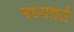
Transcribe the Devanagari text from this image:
मध्यवर्त